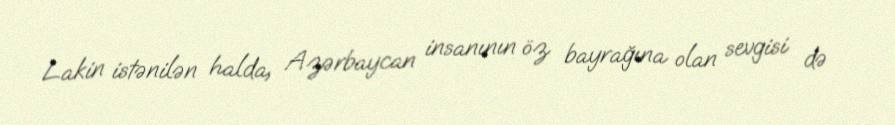
Lakin istənilən halda, Azərbaycan insanının öz bayrağına olan sevgisi də